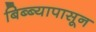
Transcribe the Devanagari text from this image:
बिब्ब्यापासून